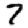
Digit: 7